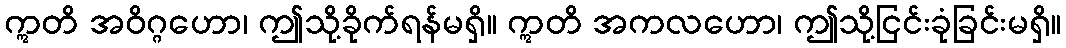
ဣတိ အဝိဂ္ဂဟော၊ ဤသို့ခိုက်ရန်မရှိ။ ဣတိ အကလဟော၊ ဤသို့ငြင်းခုံခြင်းမရှိ။